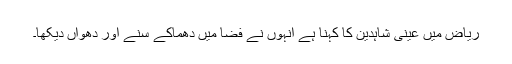
ریاض میں عینی شاہدین کا کہنا ہے انہوں نے فضا میں دھماکے سنے اور دھواں دیکھا۔